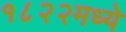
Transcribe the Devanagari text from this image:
१८२२मध्ये